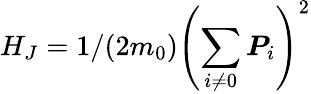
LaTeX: H_{J}=1/(2m_{0})\left(\sum_{i\ne 0}\boldsymbol{P}_{i}\right)^{2}